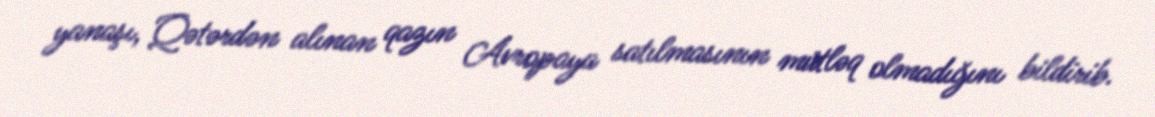
yanaşı, Qətərdən alınan qazın Avropaya satılmasının mütləq olmadığını bildirib.